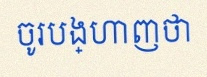
ចូរបង្ហាញថា